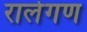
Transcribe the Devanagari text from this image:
रालेगण